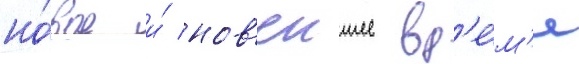
но́вое и́ нов'еишее вр'е́м'я